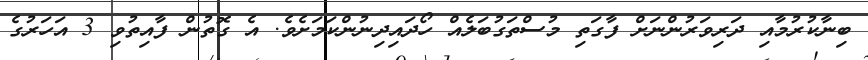
ބިނާކުރުމާއި ދަރިވަރުންނަށް ފާގަތި މުސްތަގުބަލެއް ހޯދައިދިނުންކަމަށެވެ. އެ ގޮތުން ފާއިތުވި 3 އަހަރުގެ